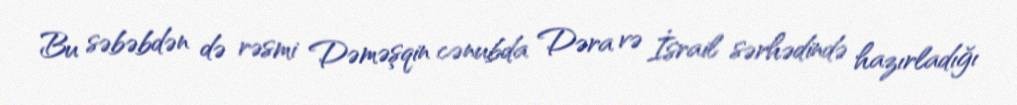
Bu səbəbdən də rəsmi Dəməşqin cənubda Dəra və İsrail sərhədində hazırladığı